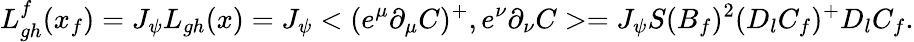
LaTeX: L_{gh}^{f}(x_{f})=J_{\psi}L_{gh}(x)=J_{\psi}<(e^{\mu}\partial_{\mu}C)^{+},e^{\nu}\partial_{\nu}C>=J_{\psi}S(B_{f})^{2}(D_{l}C_{f})^{+}D_{l}C_{f}.